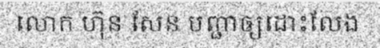
លោក ហ៊ុន សែន បញ្ជាឲ្យដោះលែង